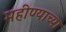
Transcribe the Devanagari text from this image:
महीण्याच्या